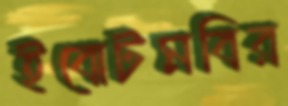
ইবোটমবির